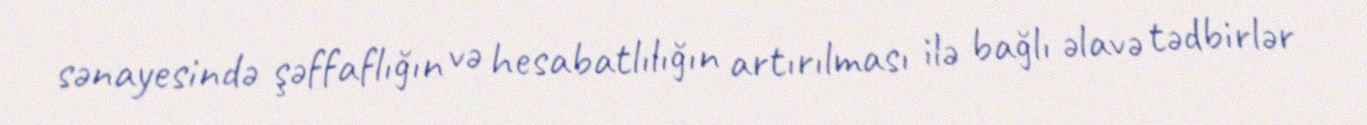
sənayesində şəffaflığın və hesabatlılığın artırılması ilə bağlı əlavə tədbirlər